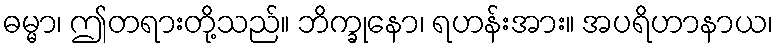
ဓမ္မာ၊ ဤတရားတို့သည်။ ဘိက္ခုနော၊ ရဟန်းအား။ အပရိဟာနာယ၊